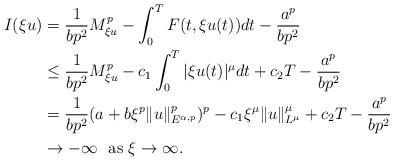
LaTeX: \begin{align*}I(\xi u)&=\frac{1}{bp^2}M_{\xi u}^p-\int_0^TF(t,\xi u(t))dt-\frac{a^p}{bp^2}\\&\leq\frac{1}{bp^2}M_{\xi u}^p-c_1\int_0^T|\xi u(t)|^\mu dt+c_2T-\frac{a^p}{bp^2}\\&=\frac{1}{bp^2}(a+b\xi^p\|u\|_{E^{\alpha,p}}^p)^p-c_1\xi^\mu\|u\|_{L^\mu}^\mu+c_2T-\frac{a^p}{bp^2}\\&\rightarrow-\infty\ \ \mbox{as}\ \xi\rightarrow\infty.\end{align*}